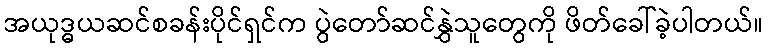
အယုဒ္ဓယဆင်စခန်းပိုင်ရှင်က ပွဲတော်ဆင်နွှဲသူတွေကို ဖိတ်ခေါ်ခဲ့ပါတယ်။